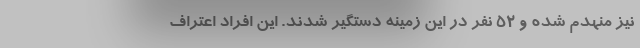
نیز منهدم شده و ۵٢ نفر در این زمینه دستگیر شدند. این افراد اعتراف